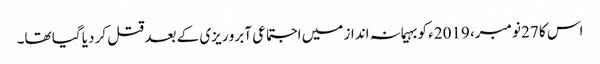
اس کا 27 نومبر، 2019ء کو بہیمانہ انداز میں اجتماعی آبرو ریزی کے بعد قتل کر دیا گیا تھا۔